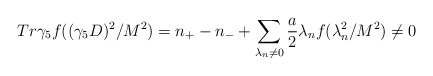
\begin{align*}Tr \gamma_{5}f((\gamma_{5}D)^{2}/M^{2}) = n_{+}- n_{-} +\sum_{ \lambda_{n}\neq 0}\frac{a}{2}\lambda_{n}f(\lambda_{n}^{2}/M^{2})\neq 0\end{align*}